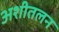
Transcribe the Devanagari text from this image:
अशीतलन